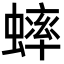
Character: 蟀